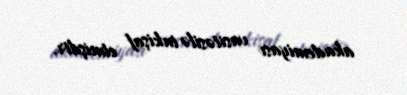
akademiyası vasitəsilə inkişaf etmişdir.